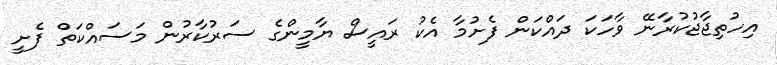
އިހުތިޖާޖުކުރާނޭ ވާހަކަ ދައްކަން ފެށުމާ އެކު ރައީސް ޔާމީންގެ ސަރުކާރުން މަސައްކަތް ފެށީ